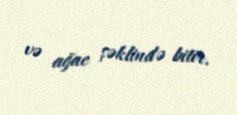
və ağac şəklində bitir.